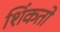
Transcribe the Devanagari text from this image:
शिंकतो